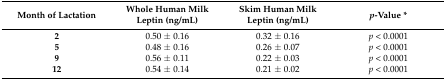
<table><thead><tr><td><b>Month of Lactation</b></td><td><b>Whole Human Milk Leptin (ng/mL)</b></td><td><b>Skim Human Milk Leptin (ng/mL)</b></td><td><b><i>p</i>-Value *</b></td></tr></thead><tbody><tr><td><b>2</b></td><td>0.50 ± 0.16</td><td>0.32 ± 0.16</td><td><i>p</i> &lt; 0.0001</td></tr><tr><td><b>5</b></td><td>0.48 ± 0.16</td><td>0.26 ± 0.07</td><td><i>p</i> &lt; 0.0001</td></tr><tr><td><b>9</b></td><td>0.56 ± 0.11</td><td>0.22 ± 0.03</td><td><i>p</i> &lt; 0.0001</td></tr><tr><td><b>12</b></td><td>0.54 ± 0.14</td><td>0.21 ± 0.02</td><td><i>p</i> &lt; 0.0001</td></tr></tbody></table>